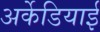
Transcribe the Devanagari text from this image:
अर्केडियाई